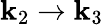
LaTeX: {\mathbf k}_{2}\to{\mathbf k}_{3}